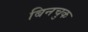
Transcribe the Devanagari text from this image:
बिनचुक